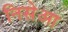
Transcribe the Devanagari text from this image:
निसेआ